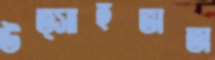
উত্সাহভাতা